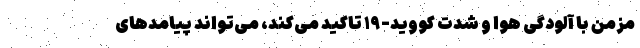
مزمن با آلودگی هوا و شدت کووید-۱۹ تاکید می‌کند، می‌تواند پیامدهای